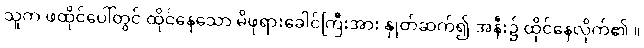
သူက ဖထိုင်ပေါ်တွင် ထိုင်နေသော မိဖုရားခေါင်ကြီးအား နှုတ်ဆက်၍ အနီး၌ ထိုင်နေလိုက်၏ ။